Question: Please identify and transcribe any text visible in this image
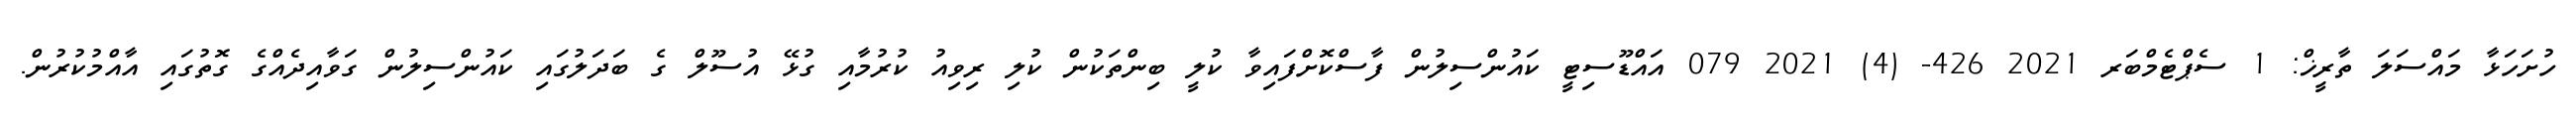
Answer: ހުށަހަޅާ މައްސަލަ ތާރީޚް: 1 ސެޕްޓެމްބަރ 2021 426- (4) 2021 079 އައްޑޫސިޓީ ކައުންސިލުން ފާސްކޮށްފައިވާ ކުލީ ބިންތަކުން ކުލި ރިވިއު ކުރުމާއި ގުޅޭ އުސޫލް ގެ ބަދަލުގައި ކައުންސިލުން ގަވާއިދެއްގެ ގޮތުގައި އާއްމުކުރުން.